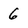
Character: 6